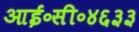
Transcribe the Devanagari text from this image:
आई॰सी॰४६३३